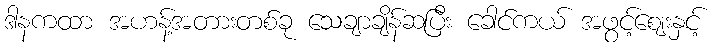
ဒါနကထာ အဟန့်အတားတစ်ခု သေချာချိန်ဆပြီး ခေါင်ကယ် အဖွင့်ဈေးနှင့်